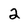
Character: 2